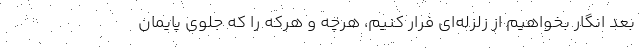
بعد انگار بخواهیم از زلزله‌ای فرار کنیم، هرچه و هرکه را که جلوی پایمان